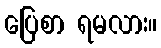
ပြေစာ ရမလား။